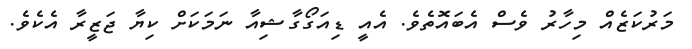
މަރުކަޒެއް މިހާރު ވެސް އެބައޮތެވެ. އެއީ ޑިއަގޯގާޝިއާ ނަމަކަށް ކިޔާ ޖަޒީރާ އެކެވެ.